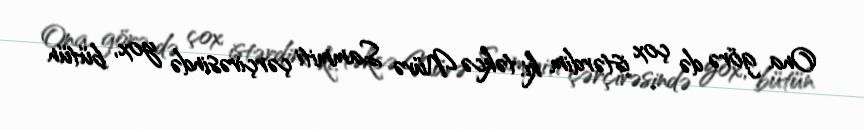
Ona görə də çox istərdim ki, təkcə Nüvə Sammiti çərçivəsində yox, bütün